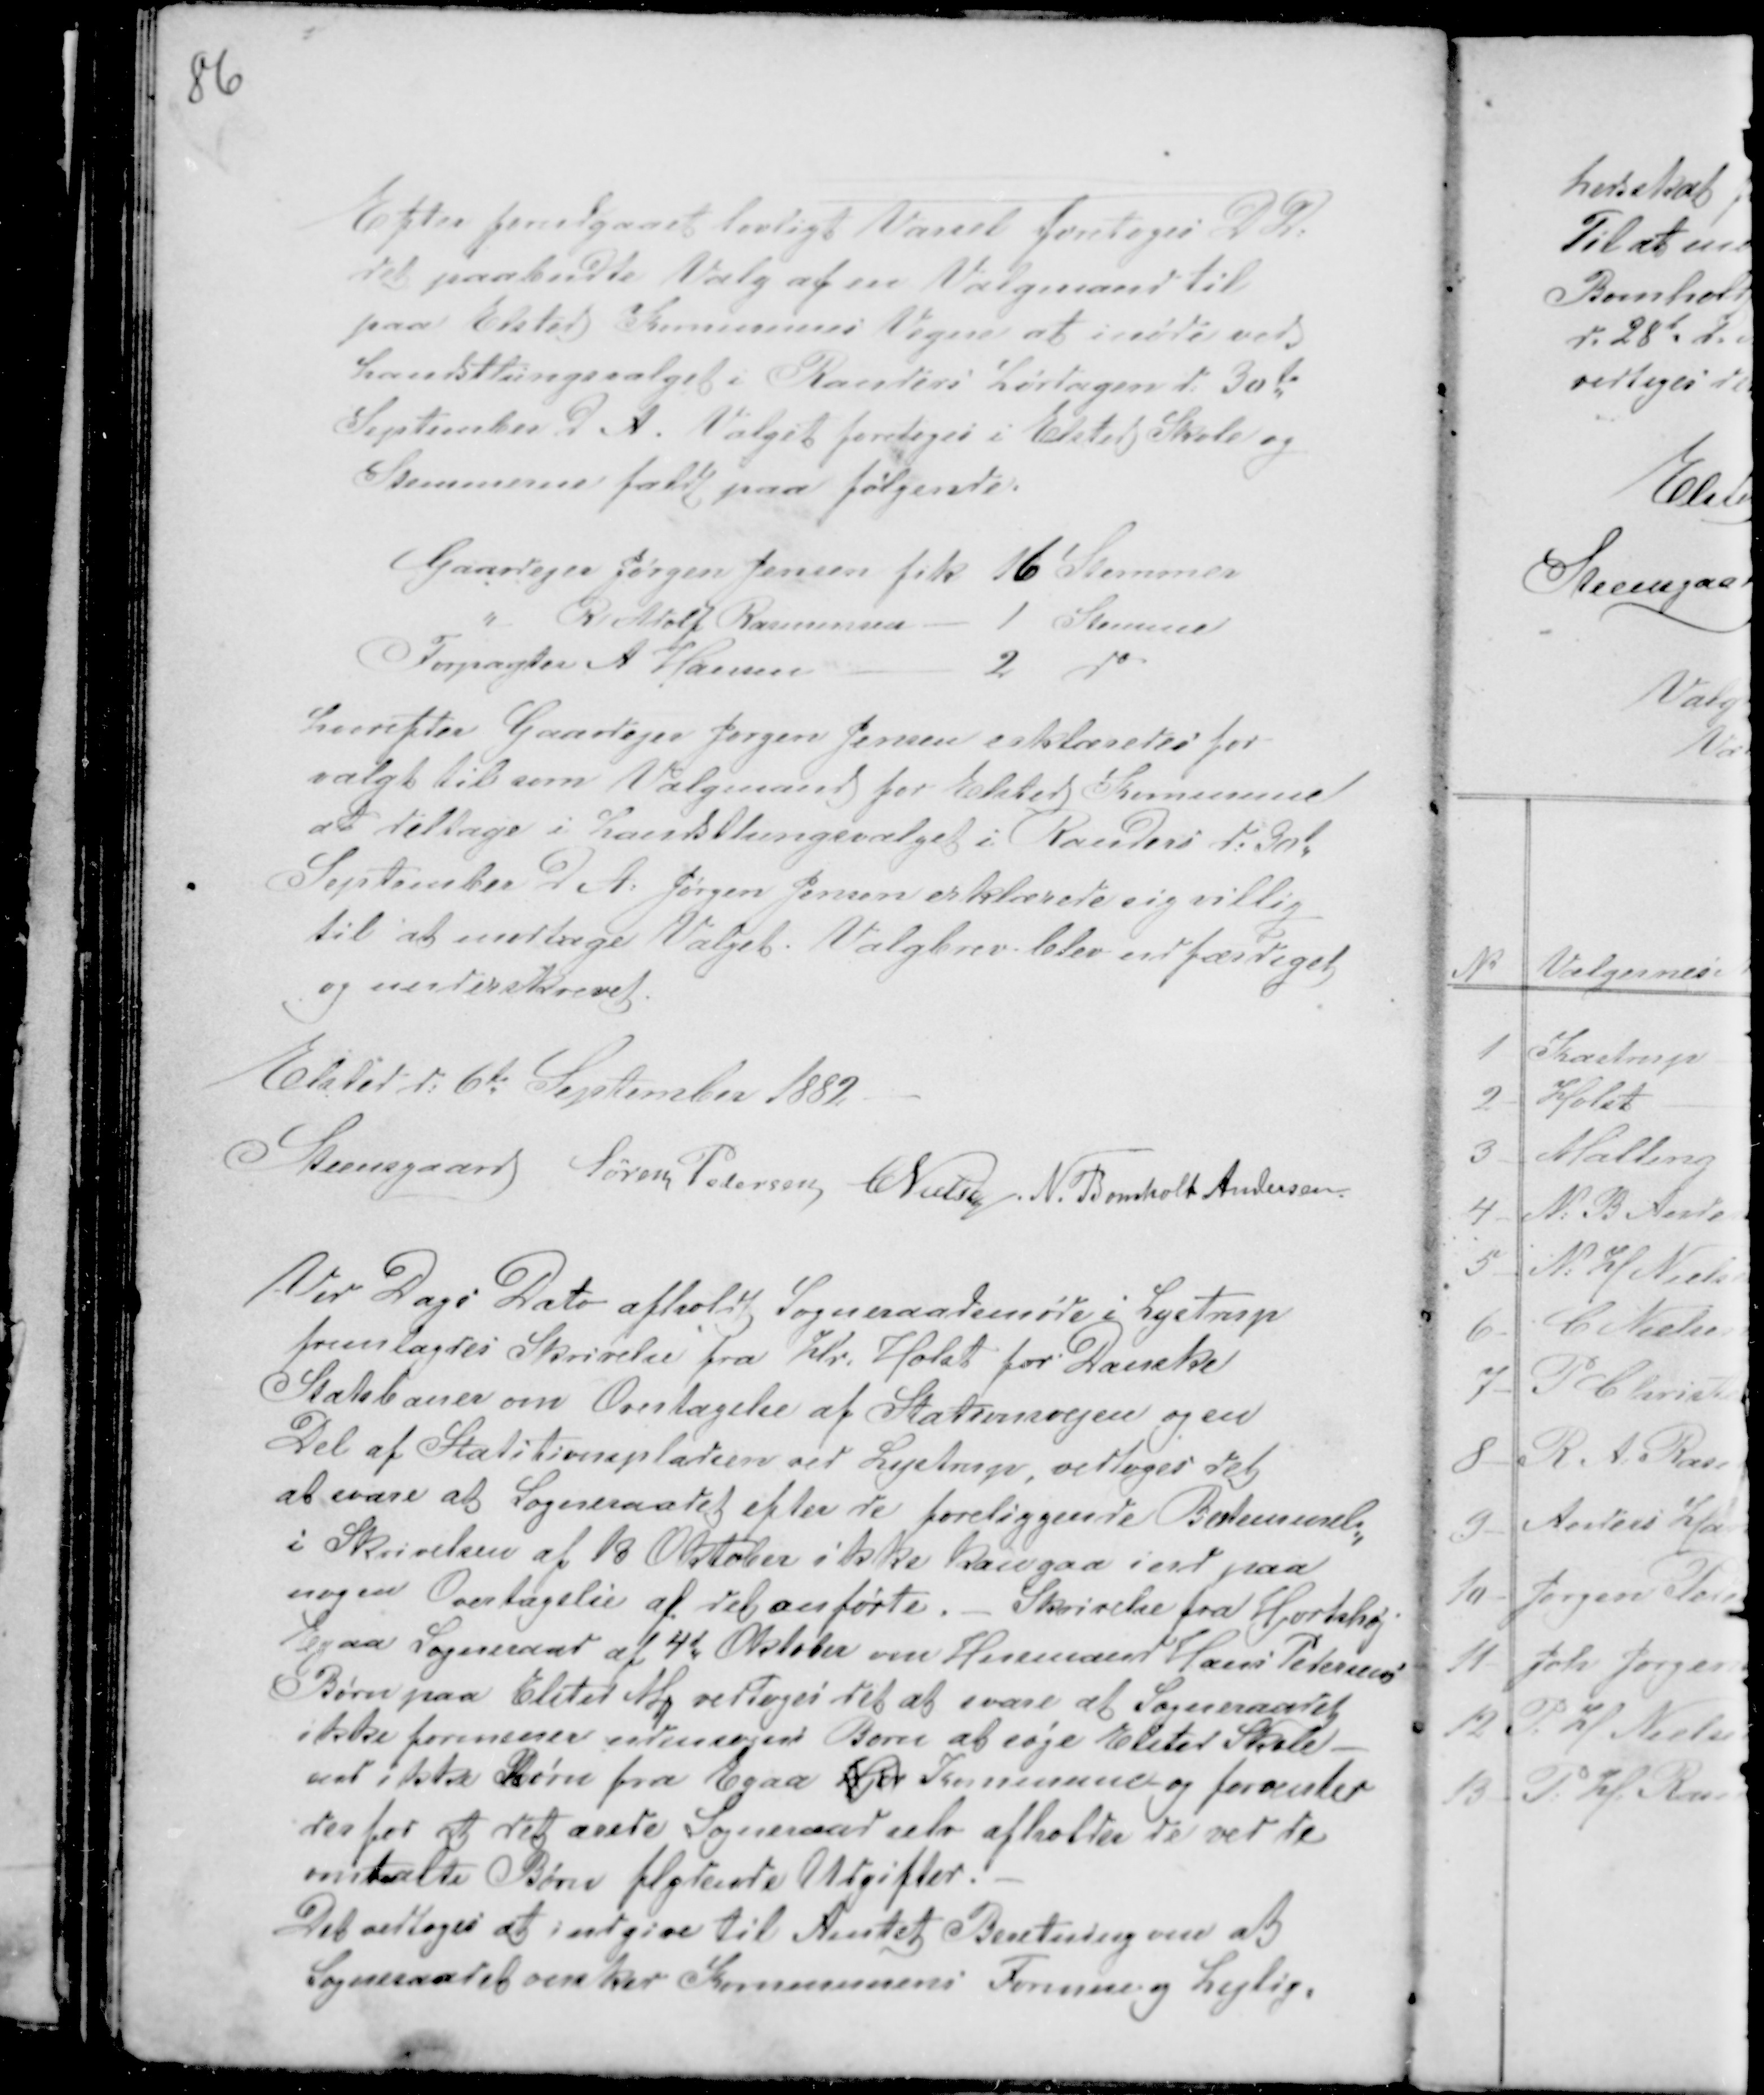
Transskription:
Efter forudgaaet lovlig Varsel foretoges D D.
det paabudte Valg af en Valgmand til
paa Elsted Kommunes Vegne at Møde ved
Landsthingsvalget i Randers Lørdagen d. 30te
September D A. Valget foretoges i Elsted Skole og
Stemmere faldt paa følgende.
Gaardejer Jørgen Jensen fik 16 Stemmer
" R Adolf Rasmussen - 1 Stemme
Forpagter A Hansen - 2 do
Hvorefter Gaardejer Jørgen Jensen erklæredes for
valgt til som Valgmand for Elsted Kommune
at deltage i Landsthingsvalget i Randers d: 30t
September D A: Jørgen Jensen erklærede sig villig
til at modtage Valget. Valgbrev blev udfærdiget
og underskrevet.
Elsted d: 6te September 1882 -
Steensgaard Søren Pedersen CNielsen N. Bomholt Andersen.

Ved Dags Dato afholdt Sogneraadsmøde i Lystrup
fremlagdes Skrivelse fra Kld Holst for Danske
Statsbaner om Overtagelse af Stationsvejen og en
Del Stationspladsen ved Lystrup, vedtoges det
at svare at Sogneraadet efter de foreliggende Bestemmels-
i Skrivelsen af 18 Oktober ikke kan gaa ind paa
nogen Overtagelse af det anførte. - Skrivelse fra Hjortshøj -
Egaa Sogneraad af 4d Oktober om Husmand Hans Pedersens
Børn paa Elsted M vedtoges det at svare at Sogneraadet
ikke formener udensogns Børn at søge Elsted Skole -
med ikke Børn fra Egaa Hjor Kommune og forventer
derfor at det ærede Sogneraad selv afholder de ved de
omtalte Børn flydende Udgifter. -
Det vedtoges at indgive til Amtet Beretning om at
Sogneraadet ønsker Kommunens Formue og Lejlig-